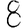
Digit: 8